65_HS1-834228961_62-HQ-83894_Section_7
Agency: FBI
Page 191
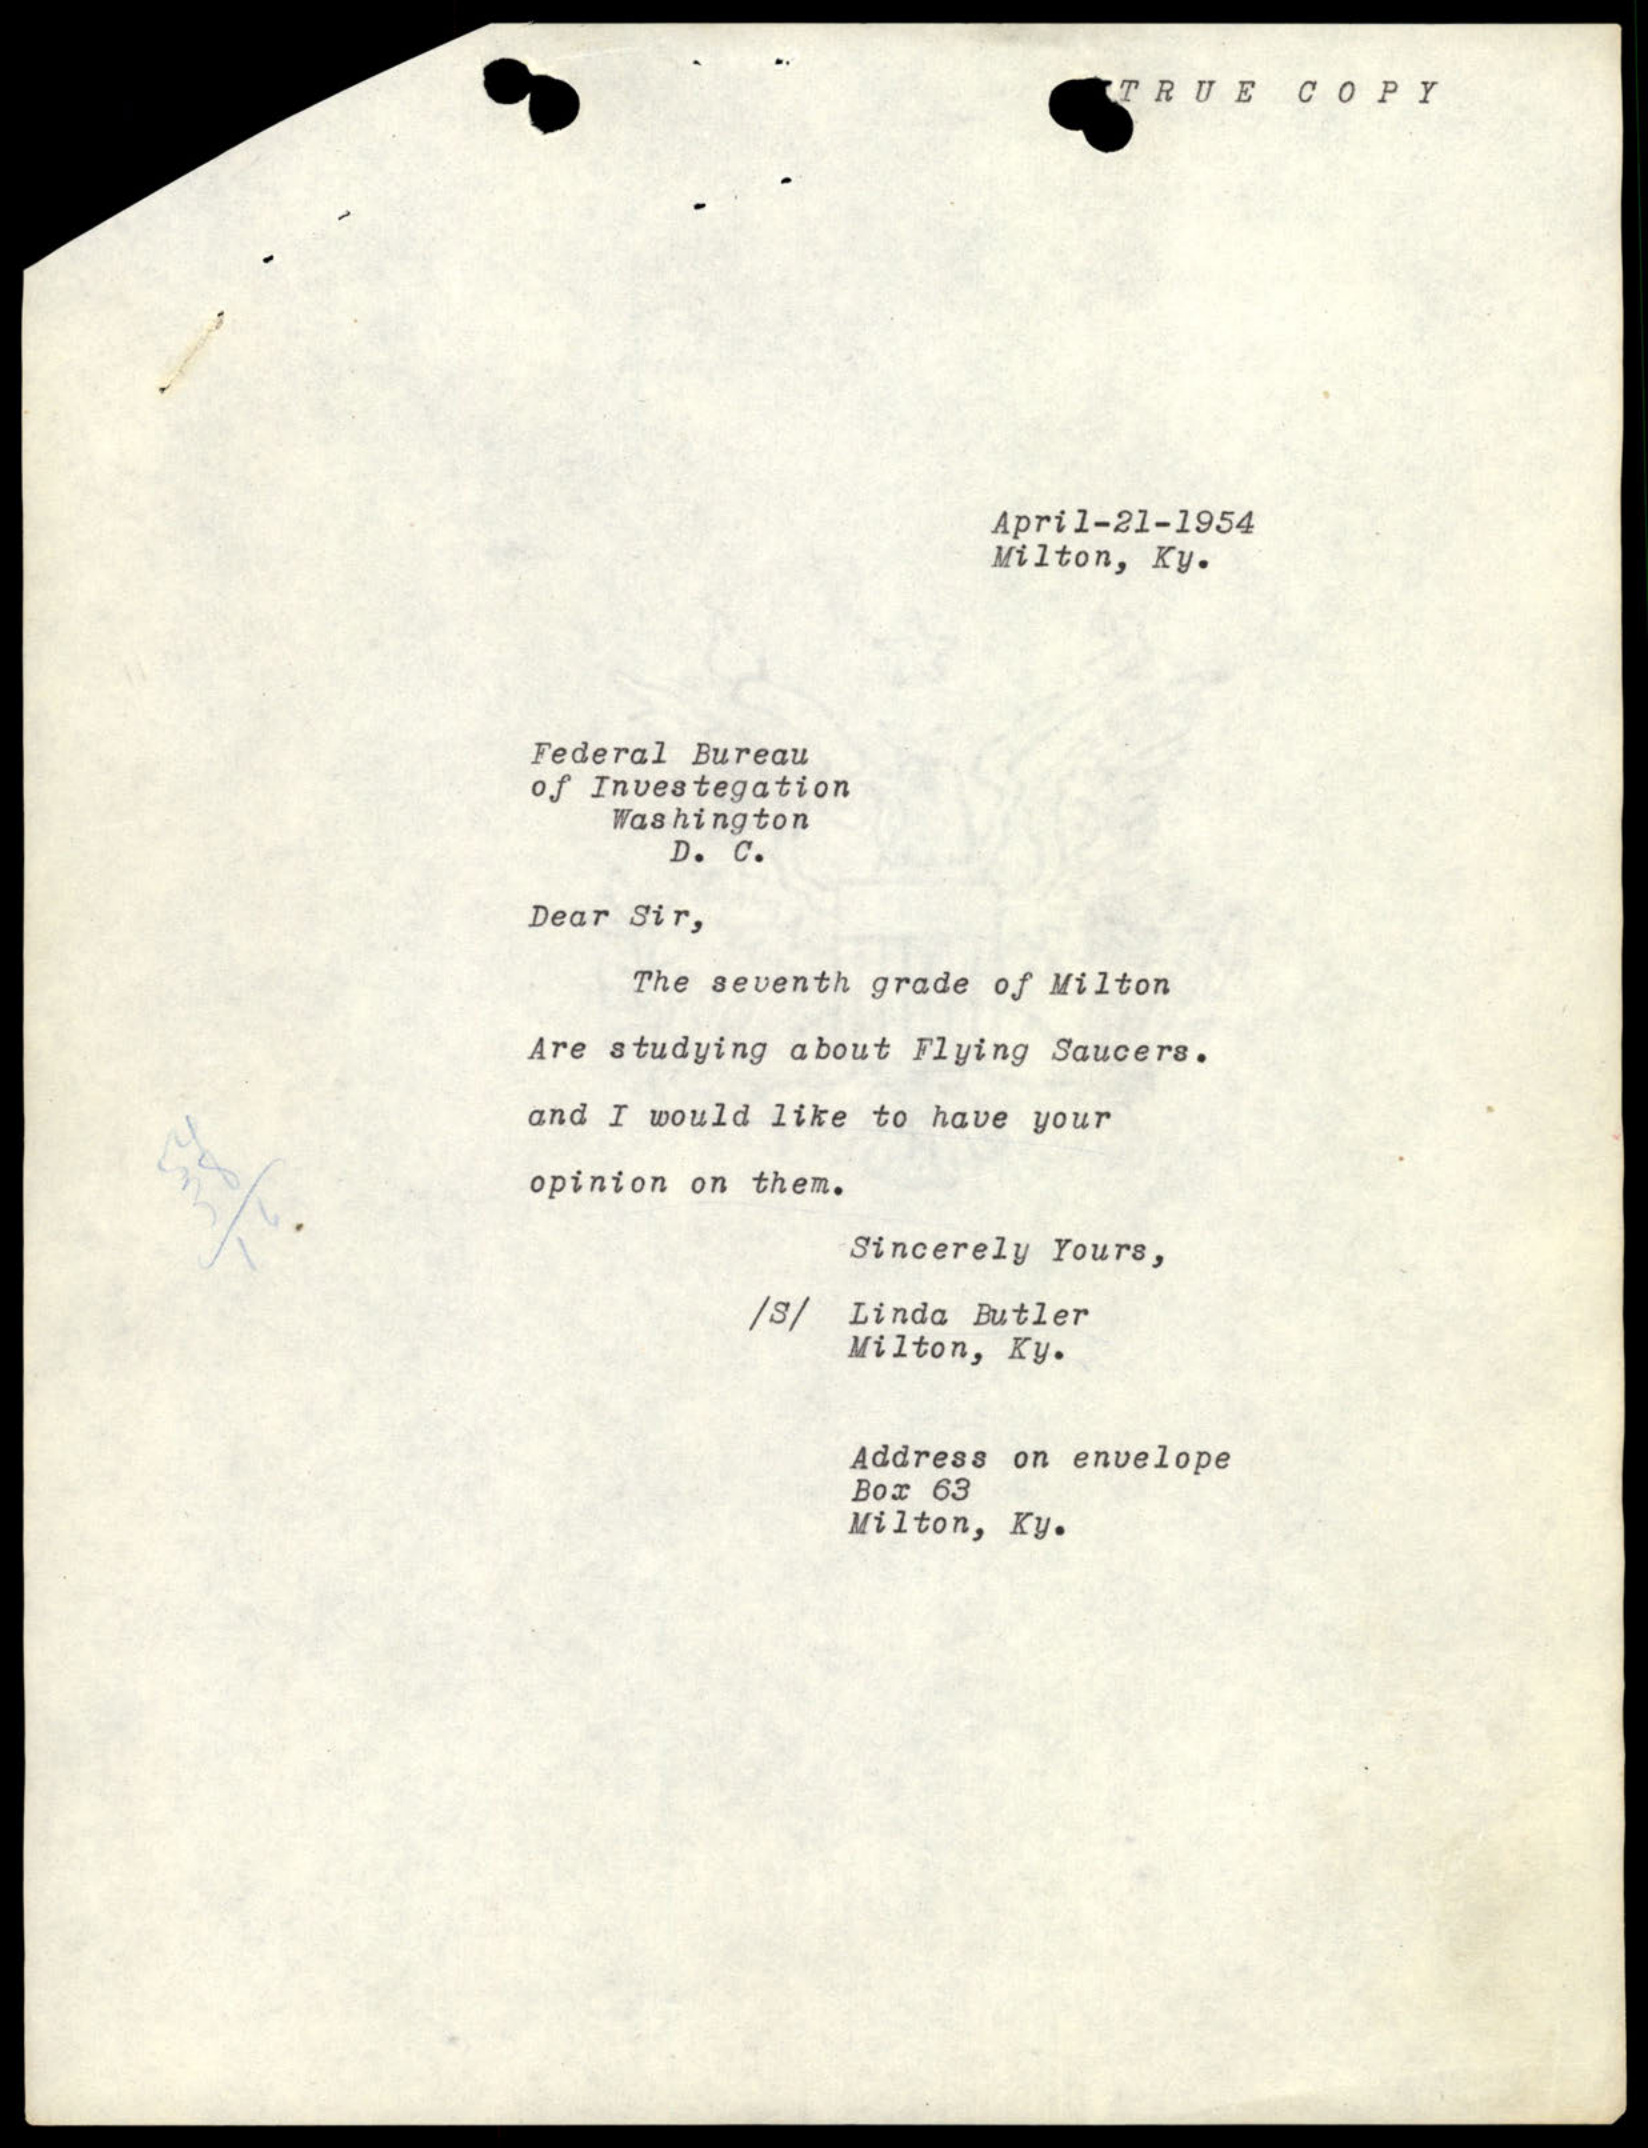